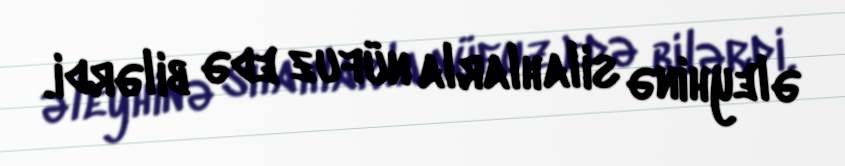
əleyhinə silahlarla nüfuz edə bilərdi.